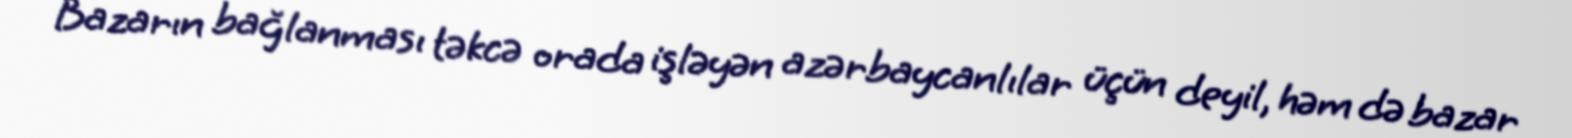
Bazarın bağlanması təkcə orada işləyən azərbaycanlılar üçün deyil, həm də bazar